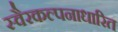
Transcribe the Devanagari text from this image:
स्वैरकल्पनाधारित